Leaving Certificate Examination, 1914
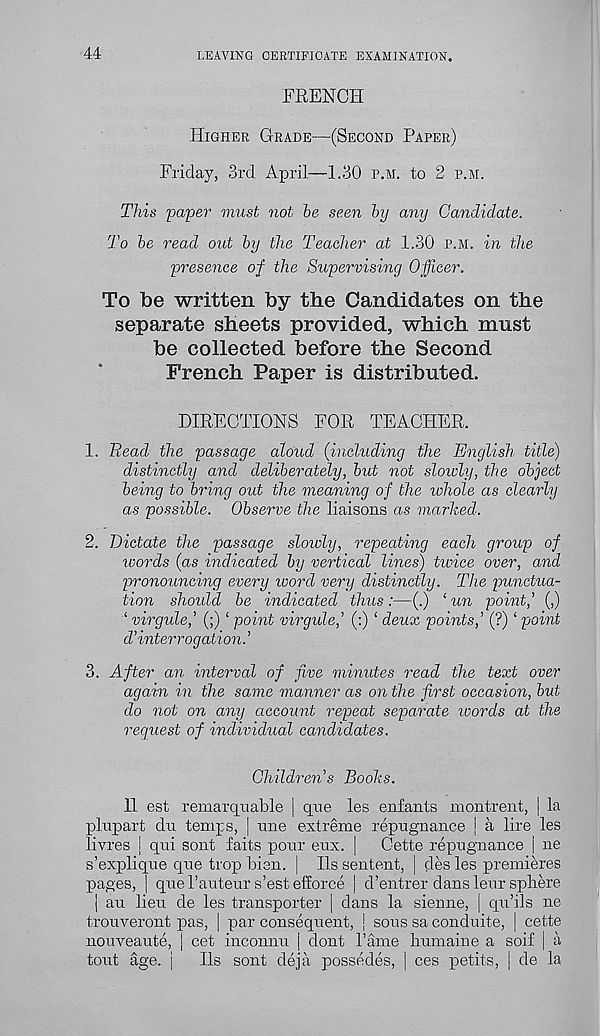
44
LEAVING CERTIFICATE EXAMINATION.
FRENCH
Higher Grade—(Second Paper)
Friday, 3rd April—1.30 p.m. to 2 p.m.
This paper must not be seen by any Candidate.
To be read out by the Teacher at 1.30 p.m. in the
presence of the Supervising Officer.
To be written by the Candidates on the
separate sheets provided, which must
be collected before the Second
French Paper is distributed.
DIRECTIONS FOR TEACHER.
1. Bead the passage aloud (including the English title)
distinctly and deliberately, but not slowly, the object
being to bring out the meaning of the ivhole as clearly
as possible. Observe the liaisons as marked.
2. Dictate the passage slowly, repeating each group of
words (as indicated by vertical lines) tivice over, and
pronouncing every ivord very distinctly. The punctua-
tion should be indicated thus:—(.) ‘ un point,’ (,)
‘ virgule,' (;) ‘ point virgule,’ (:) ‘ deux points,’ (?) ‘ point
d’interrogation.’
3. After an interval of five minutes read the text over
again in the same manner as on the first occasion, but
do not on any account repeat separate words at the
request of individual candidates.
Children’s Books.
II est remarqnable | qne les enfants mon 1 rent, | la
plupart dn temps, | une extreme repugnance | a lire les
livres | qui sont faits pour enx. j
Cette repugnance j ne
s’explique que trop Tien. | Ils sentent, | des les premieres
pages, | que I’auteur s’est efforce | d’entrer dans leur sphere
j an lieu de les transporter | dans la sienne, | qu’ils ne
trouveront pas, | par consequent, | sous sa conduite, | cette
nouveaute, | cet inconnu | dont Tame Ixumaine a soil | a
tout age. |
Ils sont deja possedes, | ces petits, | de la